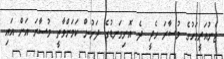
ޖެނުއަރީމަހުގެ މުސާރަ ހެދީ ދެ އޮނިގަނޑުގެ ދަށުން ކަމަށްވާތީ މުސާރަ އަށް އައި